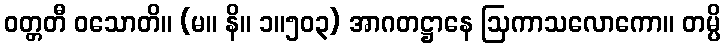
ဝတ္တတီ ဝသောတိ။ (မ။ နိ။ ၁။၅၀၃) အာဂတဋ္ဌာနေ ဩကာသလောကော။ တမ္ပိ